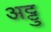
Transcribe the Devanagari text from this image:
अट्टु